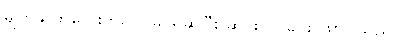
မျက်နှာကလေးကိုပင် မြင်ရဆိုပြီး ဆင်းလာခြင်း ဖြစ်ပါသည်။